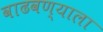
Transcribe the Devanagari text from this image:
वाढवण्याला